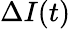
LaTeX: \Delta I(t)